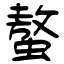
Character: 螯